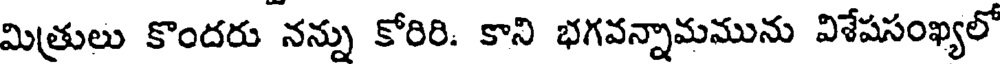
మిత్రులు కొందరు నన్ను కోరిరి. కాని భగవన్నామమును విశేషసంఖ్యలో